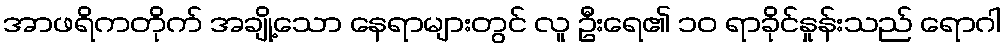
အာဖရိကတိုက် အချို့သော နေရာများတွင် လူ ဦးရေ၏ ၁၀ ရာခိုင်နှုန်းသည် ရောဂါ